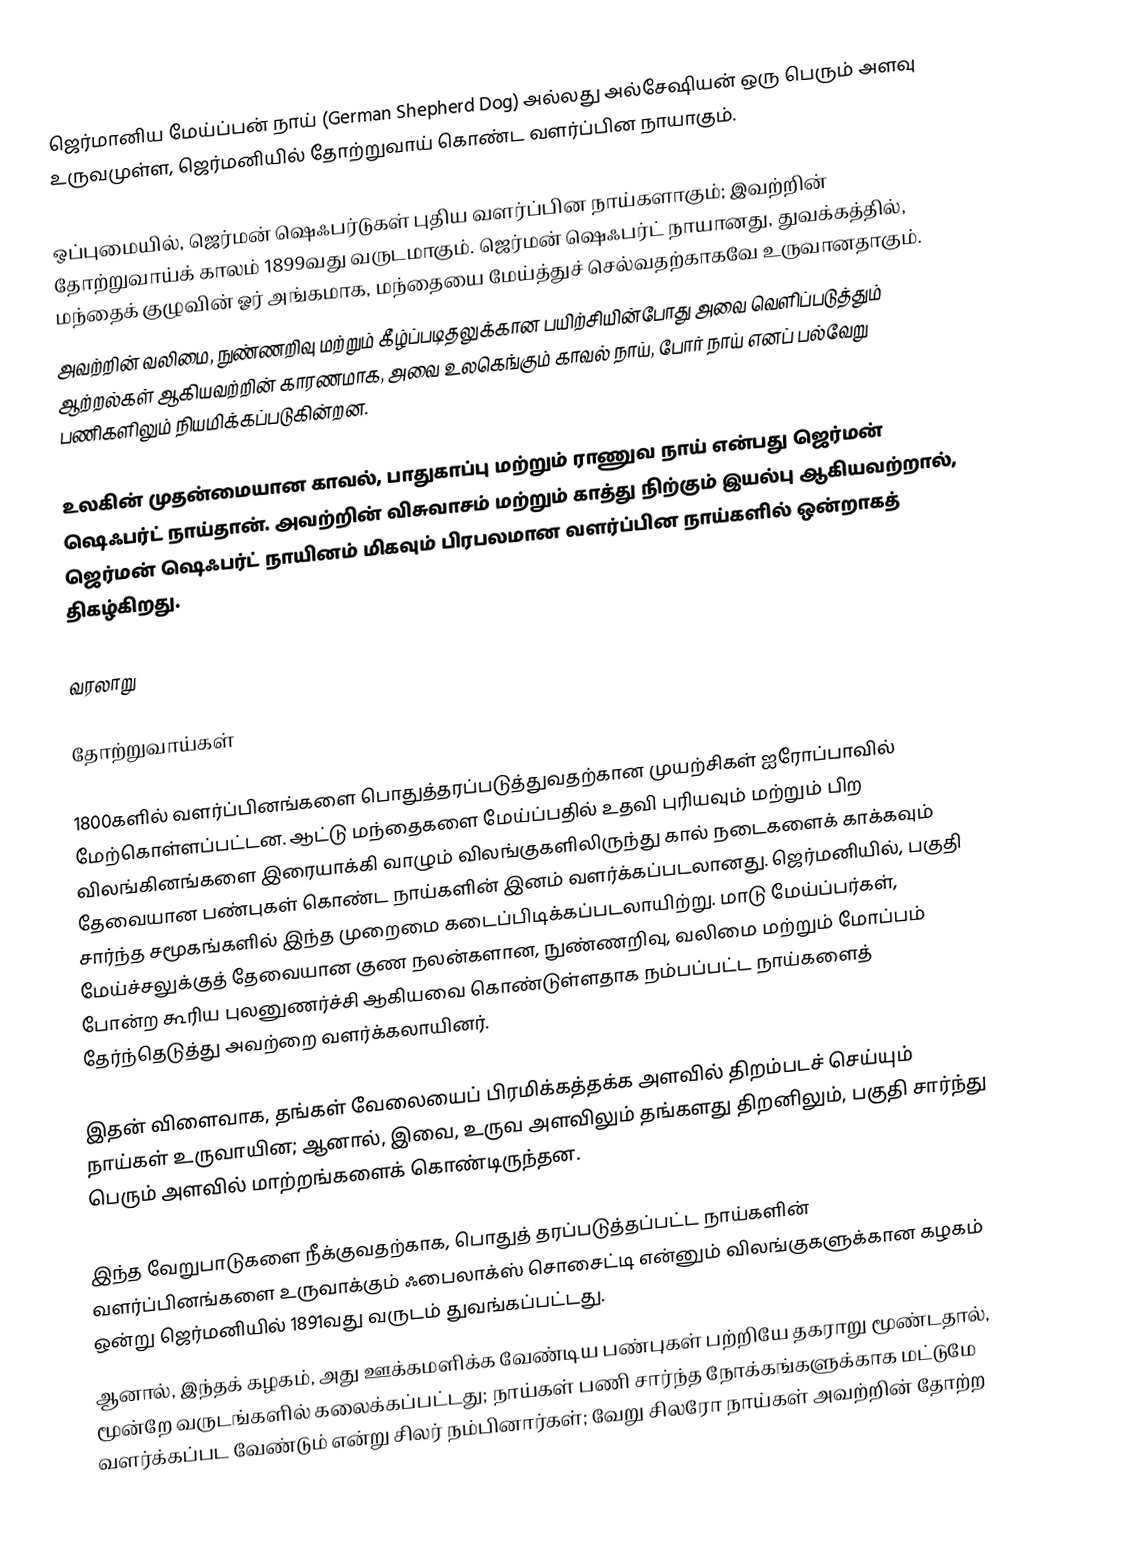
ஜெர்மானிய மேய்ப்பன் நாய் (German Shepherd Dog) அல்லது அல்சேஷியன் ஒரு பெரும் அளவு உருவமுள்ள, ஜெர்மனியில் தோற்றுவாய் கொண்ட வளர்ப்பின நாயாகும்.

ஒப்புமையில், ஜெர்மன் ஷெஃபர்டுகள் புதிய வளர்ப்பின நாய்களாகும்; இவற்றின் தோற்றுவாய்க் காலம் 1899வது வருடமாகும். ஜெர்மன் ஷெஃபர்ட் நாயானது, துவக்கத்தில், மந்தைக் குழுவின் ஓர் அங்கமாக, மந்தையை மேய்த்துச் செல்வதற்காகவே உருவானதாகும்.
அவற்றின் வலிமை, நுண்ணறிவு மற்றும் கீழ்ப்படிதலுக்கான பயிற்சியின்போது அவை வெளிப்படுத்தும் ஆற்றல்கள் ஆகியவற்றின் காரணமாக, அவை உலகெங்கும் காவல் நாய், போர் நாய் எனப் பல்வேறு பணிகளிலும் நியமிக்கப்படுகின்றன.

உலகின் முதன்மையான காவல், பாதுகாப்பு மற்றும் ராணுவ நாய் என்பது ஜெர்மன் ஷெஃபர்ட் நாய்தான். அவற்றின் விசுவாசம் மற்றும் காத்து நிற்கும் இயல்பு ஆகியவற்றால், ஜெர்மன் ஷெஃபர்ட் நாயினம் மிகவும் பிரபலமான வளர்ப்பின நாய்களில் ஒன்றாகத் திகழ்கிறது.

வரலாறு

தோற்றுவாய்கள்

1800களில் வளர்ப்பினங்களை பொதுத்தரப்படுத்துவதற்கான முயற்சிகள் ஐரோப்பாவில் மேற்கொள்ளப்பட்டன. ஆட்டு மந்தைகளை மேய்ப்பதில் உதவி புரியவும் மற்றும் பிற விலங்கினங்களை இரையாக்கி வாழும் விலங்குகளிலிருந்து கால் நடைகளைக் காக்கவும் தேவையான பண்புகள் கொண்ட நாய்களின் இனம் வளர்க்கப்படலானது. ஜெர்மனியில், பகுதி சார்ந்த சமூகங்களில் இந்த முறைமை கடைப்பிடிக்கப்படலாயிற்று. மாடு மேய்ப்பர்கள், மேய்ச்சலுக்குத் தேவையான குண நலன்களான, நுண்ணறிவு, வலிமை மற்றும் மோப்பம் போன்ற கூரிய புலனுணர்ச்சி ஆகியவை கொண்டுள்ளதாக நம்பப்பட்ட நாய்களைத் தேர்ந்தெடுத்து அவற்றை வளர்க்கலாயினர்.

இதன் விளைவாக, தங்கள் வேலையைப் பிரமிக்கத்தக்க அளவில் திறம்படச் செய்யும் நாய்கள் உருவாயின; ஆனால், இவை, உருவ அளவிலும் தங்களது திறனிலும், பகுதி சார்ந்து பெரும் அளவில் மாற்றங்களைக் கொண்டிருந்தன.

இந்த வேறுபாடுகளை நீக்குவதற்காக, பொதுத் தரப்படுத்தப்பட்ட நாய்களின் வளர்ப்பினங்களை உருவாக்கும் ஃபைலாக்ஸ் சொசைட்டி என்னும் விலங்குகளுக்கான கழகம் ஒன்று ஜெர்மனியில் 1891வது வருடம் துவங்கப்பட்டது.
ஆனால், இந்தக் கழகம், அது ஊக்கமளிக்க வேண்டிய பண்புகள் பற்றியே தகராறு மூண்டதால், மூன்றே வருடங்களில் கலைக்கப்பட்டது; நாய்கள் பணி சார்ந்த நோக்கங்களுக்காக மட்டுமே வளர்க்கப்பட வேண்டும் என்று சிலர் நம்பினார்கள்; வேறு சிலரோ நாய்கள் அவற்றின் தோற்ற